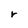
Character: r